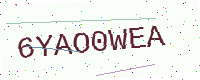
Text: 6YAO0WEA